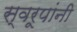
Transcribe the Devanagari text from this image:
स्वरूपांनी